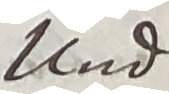
und